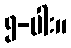
၅-ပါး။